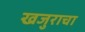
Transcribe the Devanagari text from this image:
खजुराचा